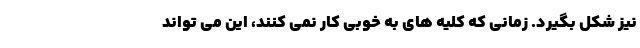
نیز شکل بگیرد. زمانی که کلیه های به خوبی کار نمی کنند، این می تواند